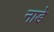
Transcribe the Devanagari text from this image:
नाडे